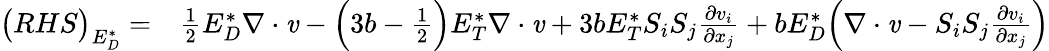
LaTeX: \begin{array}{rl}{\big(RHS\big)_{E_{D}^{*}}=}&{{}\frac{1}{2}{E_{D}^{*}}\mathbf{\nabla}\cdot\textbf{\emph{v}}-\Big(3b-\frac{1}{2}\Big){E_{T}^{*}}\mathbf{\nabla}\cdot\textbf{\emph{v}}+3b{E_{T}^{*}}S_{i}S_{j}\frac{\partial v_{i}}{\partial x_{j}}+b{E_{D}^{*}}\Big(\mathbf{\nabla}\cdot\textbf{\emph{v}}-S_{i}S_{j}\frac{\partial v_{i}}{\partial x_{j}}\Big)}\end{array}